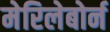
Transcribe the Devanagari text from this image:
मेरिलेबोर्न